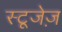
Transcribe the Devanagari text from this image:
स्टूजेज़